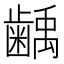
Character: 𮯌